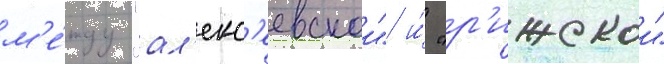
м'е́жду "ал'екс'еевскои" и́ "р'ижскои"